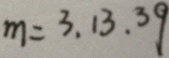
m = 3 . 1 3 . 3 9